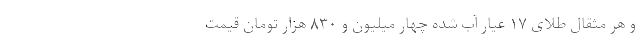
و هر مثقال طلای ۱۷ عیار آب شده چهار میلیون و ۸۳۰ هزار تومان قیمت